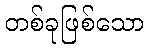
တစ်ခုဖြစ်သော